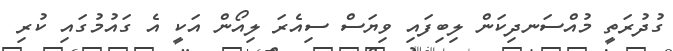
ގުދުރަތީ މުއްސަނދިކަން ލިބިފައި ވިޔަސް ސިއެރަ ލިއޯން އަކީ އެ ގައުމުގައި ކުރި